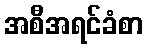
အစီအရင်ခံစာ